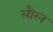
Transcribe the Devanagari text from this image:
लौरन